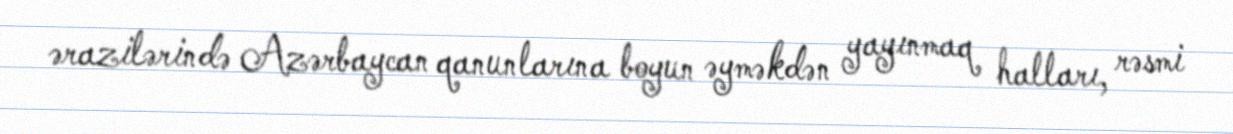
ərazilərində Azərbaycan qanunlarına boyun əyməkdən yayınmaq halları, rəsmi